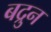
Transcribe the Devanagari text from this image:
बद्रुन